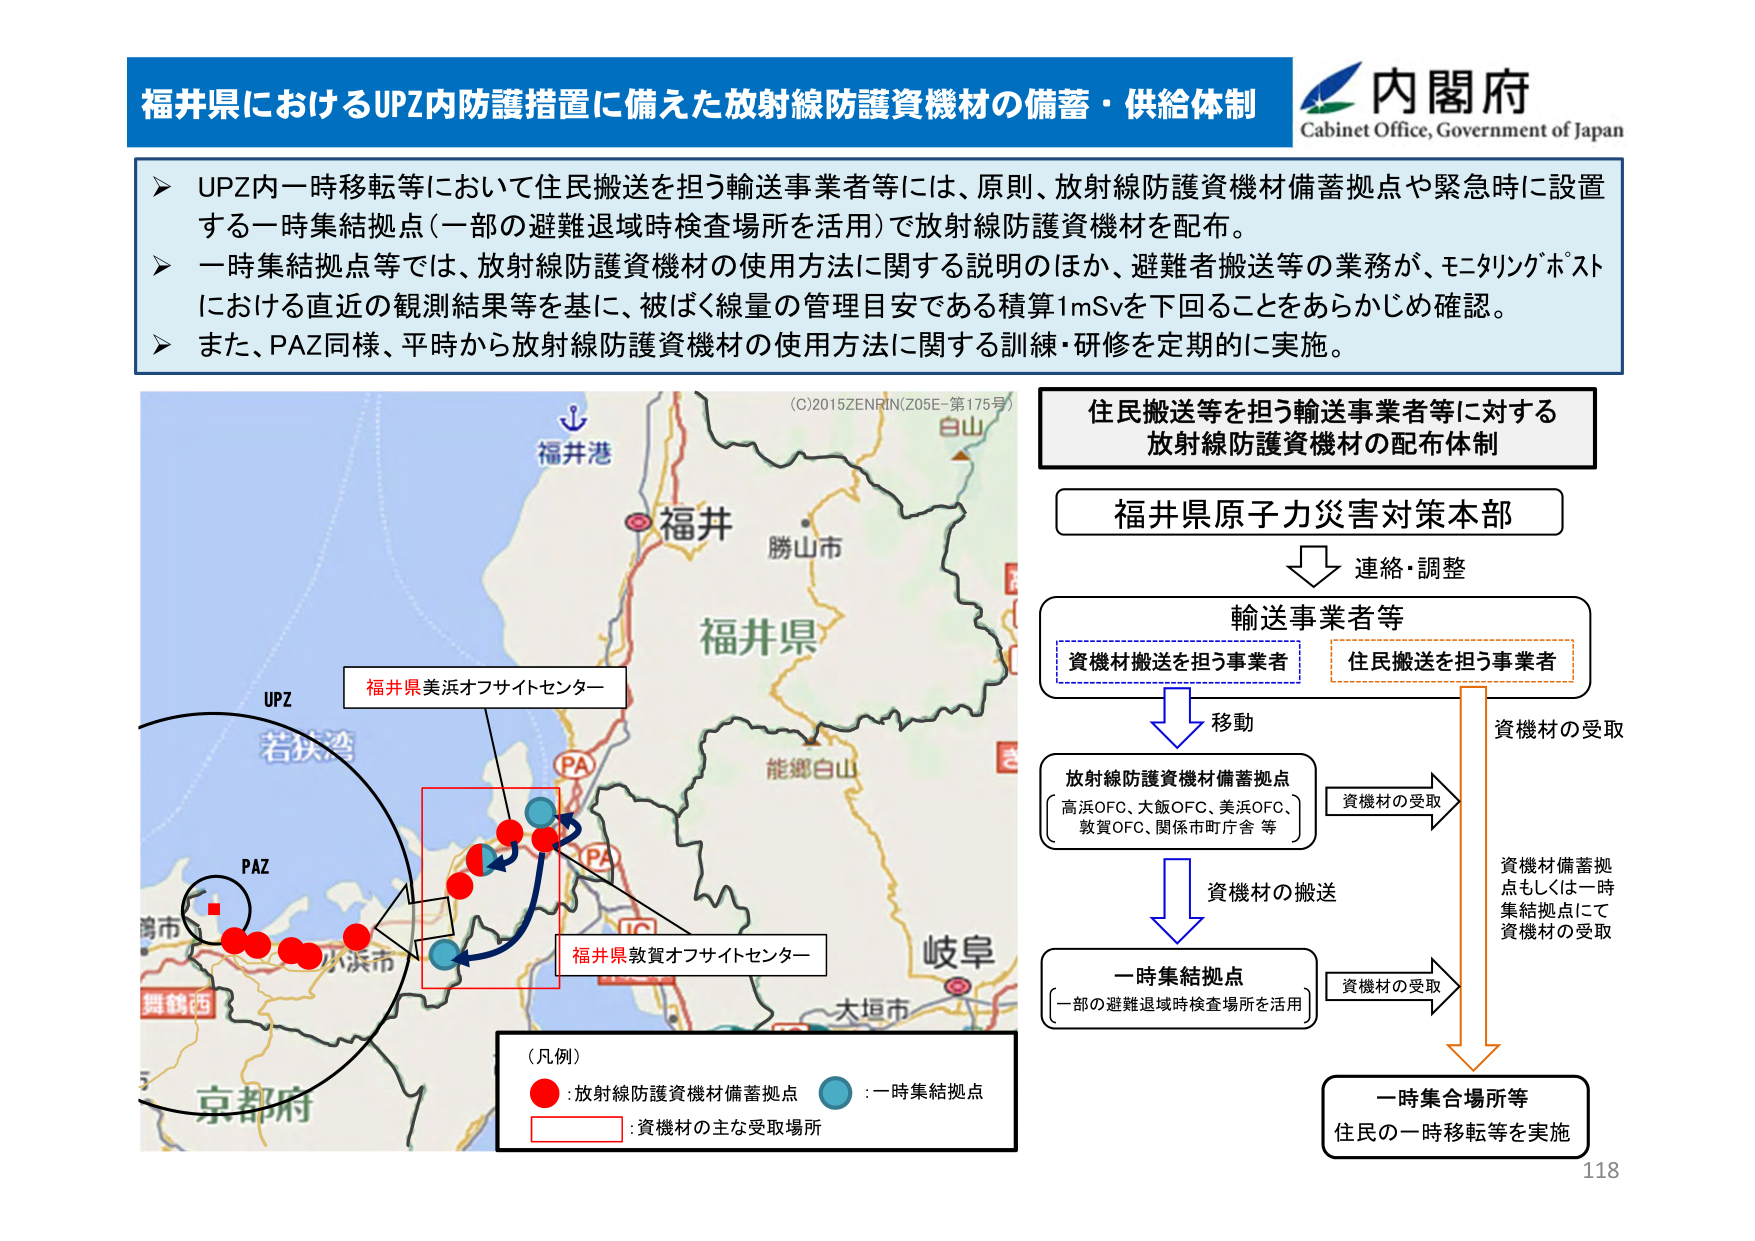
福井県におけるUPZ内防護措置に備えた放射線防護資機材の備蓄・供給体制
内閣府
Cabinet Office, Government of Japan

➤ UPZ内一時移転等において住民搬送を担う輸送事業者等には、原則、放射線防護資機材備蓄拠点や緊急時に設置する一時集結拠点（一部の避難退域時検査場所を活用）で放射線防護資機材を配布。
➤ 一時集結拠点等では、放射線防護資機材の使用方法に関する説明のほか、避難者搬送等の業務が、モニタリングポストにおける直近の観測結果等を基に、被ばく線量の管理目安である積算1mSvを下回ることをあらかじめ確認。
➤ また、PAZ同様、平時から放射線防護資機材の使用方法に関する訓練・研修を定期的に実施。

(C)2015 ZENRIN (Z05E-第175号)
福井港
白山
福井
勝山市
福井県
能郷白山
UPZ
若狭湾
PA
PA
小浜市
舞鶴西
京都市
岐阜
大垣市
福井県美浜オフサイトセンター
福井県敦賀オフサイトセンター
PAZ
（凡例）
● : 放射線防護資機材備蓄拠点
○ : 一時集結拠点
□ : 資機材の主な受取場所

住民搬送等を担う輸送事業者等に対する
放射線防護資機材の配布体制

福井県原子力災害対策本部
↓ 連絡・調整
輸送事業者等
[資機材搬送を担う事業者]
[住民搬送を担う事業者]
↓ 移動
放射線防護資機材備蓄拠点
（高浜OFC、大飯OFC、美浜OFC、敦賀OFC、関係市町庁舎 等）
→ 資機材の受取
↓ 資機材の搬送
一時集結拠点
（一部の避難退域時検査場所を活用）
→ 資機材の受取
↓
一時集合場所等
住民の一時移転等を実施
資機材の受取
資機材備蓄拠点もしくは一時集結拠点にて資機材の受取

118